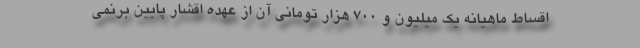
اقساط ماهیانه یک میلیون و ۷۰۰ هزار تومانی آن از عهده اقشار پایین برنمی